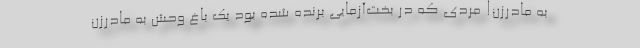
به مادرزن! مردی که در بخت‌آزمایی برنده شده بود یک باغ وحش به مادرزن